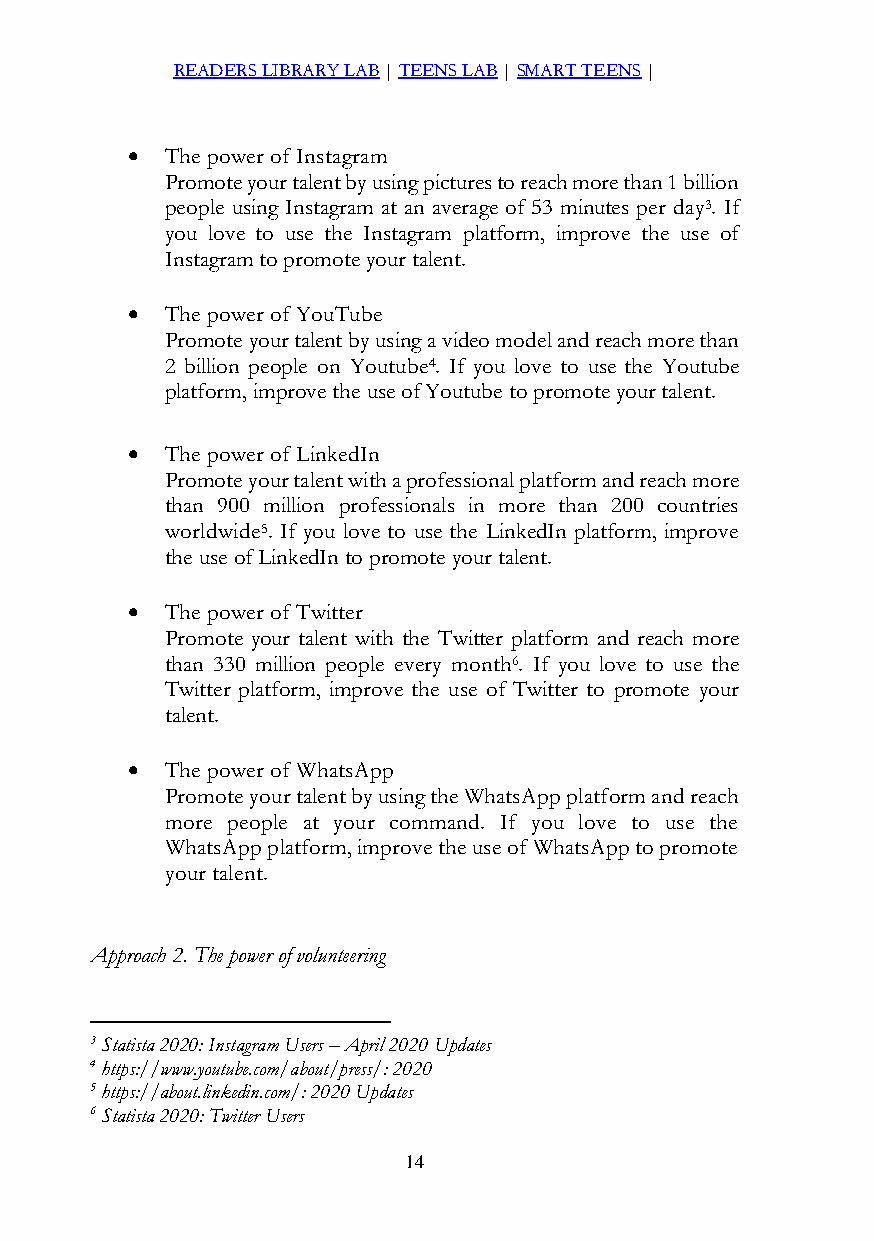
READERS LIBRARY LAB | TEENS LAB | SMART TEENS |
   The power of Instagram
 Promote your talent by using pictures to reach more than 1 billion
 people using Instagram at an average of 53 minutes per day3. If
 you love to use the Instagram platform, improve the use of
 Instagram to promote your talent.
   The power of YouTube
 Promote your talent by using a video model and reach more than
 2 billion people on Youtube4. If you love to use the Youtube
 platform, improve the use of Youtube to promote your talent.
   The power of LinkedIn
 Promote your talent with a professional platform and reach more
 than 900 million professionals in more than 200 countries
 worldwide5. If you love to use the LinkedIn platform, improve
 the use of LinkedIn to promote your talent.
   The power of Twitter
 Promote your talent with the Twitter platform and reach more
 than 330 million people every month6. If you love to use the
 Twitter platform, improve the use of Twitter to promote your
 talent.
   The power of WhatsApp
 Promote your talent by using the WhatsApp platform and reach
 more people at your command. If you love to use the
 WhatsApp platform, improve the use of WhatsApp to promote
 your talent.
 Approach 2. The power of volunteering
 3 Statista 2020: Instagram Users – April 2020 Updates
 4 https://www.youtube.com/about/press/: 2020
 5 https://about.linkedin.com/: 2020 Updates
 6 Statista 2020: Twitter Users
 14